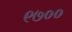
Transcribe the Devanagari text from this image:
९७००